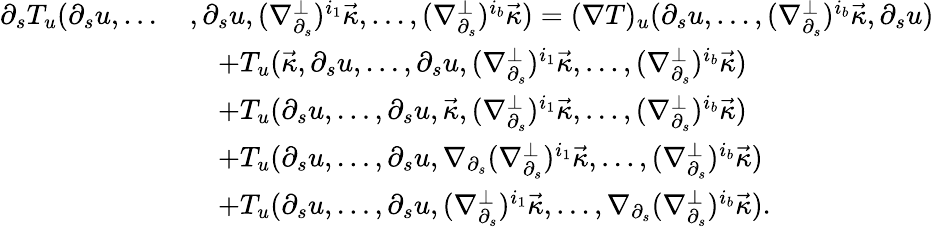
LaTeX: \begin{array}{rl}{\partial_{s}T_{u}(\partial_{s}u,\dots\, }&{,\partial_{s}u,(\nabla_{\partial_{s}}^{\perp})^{i_{1}}\vec{\kappa},\dots,(\nabla_{\partial_{s}}^{\perp})^{i_{b}}\vec{\kappa})=(\nabla T)_{u}(\partial_{s}u,\dots,(\nabla_{\partial_{s}}^{\perp})^{i_{b}}\vec{\kappa},\partial_{s}u)}\\ &{\quad+T_{u}(\vec{\kappa},\partial_{s}u,\dots,\partial_{s}u,(\nabla_{\partial_{s}}^{\perp})^{i_{1}}\vec{\kappa},\dots,(\nabla_{\partial_{s}}^{\perp})^{i_{b}}\vec{\kappa})}\\ &{\quad+T_{u}(\partial_{s}u,\dots,\partial_{s}u,\vec{\kappa},(\nabla_{\partial_{s}}^{\perp})^{i_{1}}\vec{\kappa},\dots,(\nabla_{\partial_{s}}^{\perp})^{i_{b}}\vec{\kappa})}\\ &{\quad+T_{u}(\partial_{s}u,\dots,\partial_{s}u,\nabla_{\partial_{s}}(\nabla_{\partial_{s}}^{\perp})^{i_{1}}\vec{\kappa},\dots,(\nabla_{\partial_{s}}^{\perp})^{i_{b}}\vec{\kappa})}\\ &{\quad+T_{u}(\partial_{s}u,\dots,\partial_{s}u,(\nabla_{\partial_{s}}^{\perp})^{i_{1}}\vec{\kappa},\dots,\nabla_{\partial_{s}}(\nabla_{\partial_{s}}^{\perp})^{i_{b}}\vec{\kappa}).}\end{array}